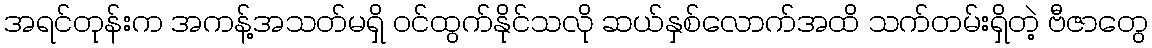
အရင်တုန်းက အကန့်အသတ်မရှိ ဝင်ထွက်နိုင်သလို ဆယ်နှစ်လောက်အထိ သက်တမ်းရှိတဲ့ ဗီဇာတွေ